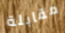
مقابلة